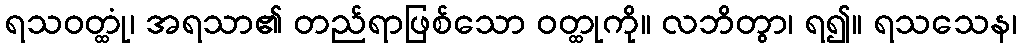
ရသဝတ္ထုံ၊ အရသာ၏ တည်ရာဖြစ်သော ဝတ္ထုကို။ လဘိတွာ၊ ရ၍။ ရသသေန၊